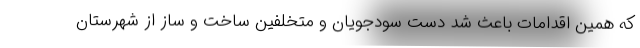
که همین اقدامات باعث شد دست سودجویان و متخلفین ساخت و ساز از شهرستان